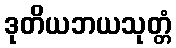
ဒုတိယဘယသုတ္တံ